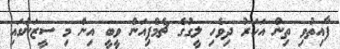
ފާއިތުވި ތިން އަހަރު ދިވެހި ލީގުގެ ޗެމްޕިއަން ވީބީ އިން މި ސީޒަނުގައި